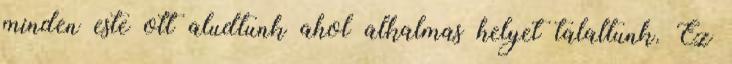
minden este ott aludtunk ahol alkalmas helyet talaltunk. Ez